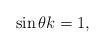
LaTeX: \begin{align*}\sin \theta & k=1, \\ \end{align*}